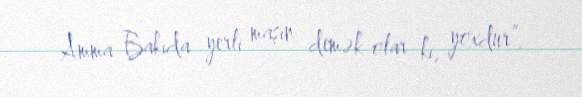
Amma Bakıda yerli maşın demək olar ki, yoxdur”.